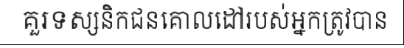
គួរទស្សនិកជនគោលដៅរបស់អ្នកត្រូវបាន